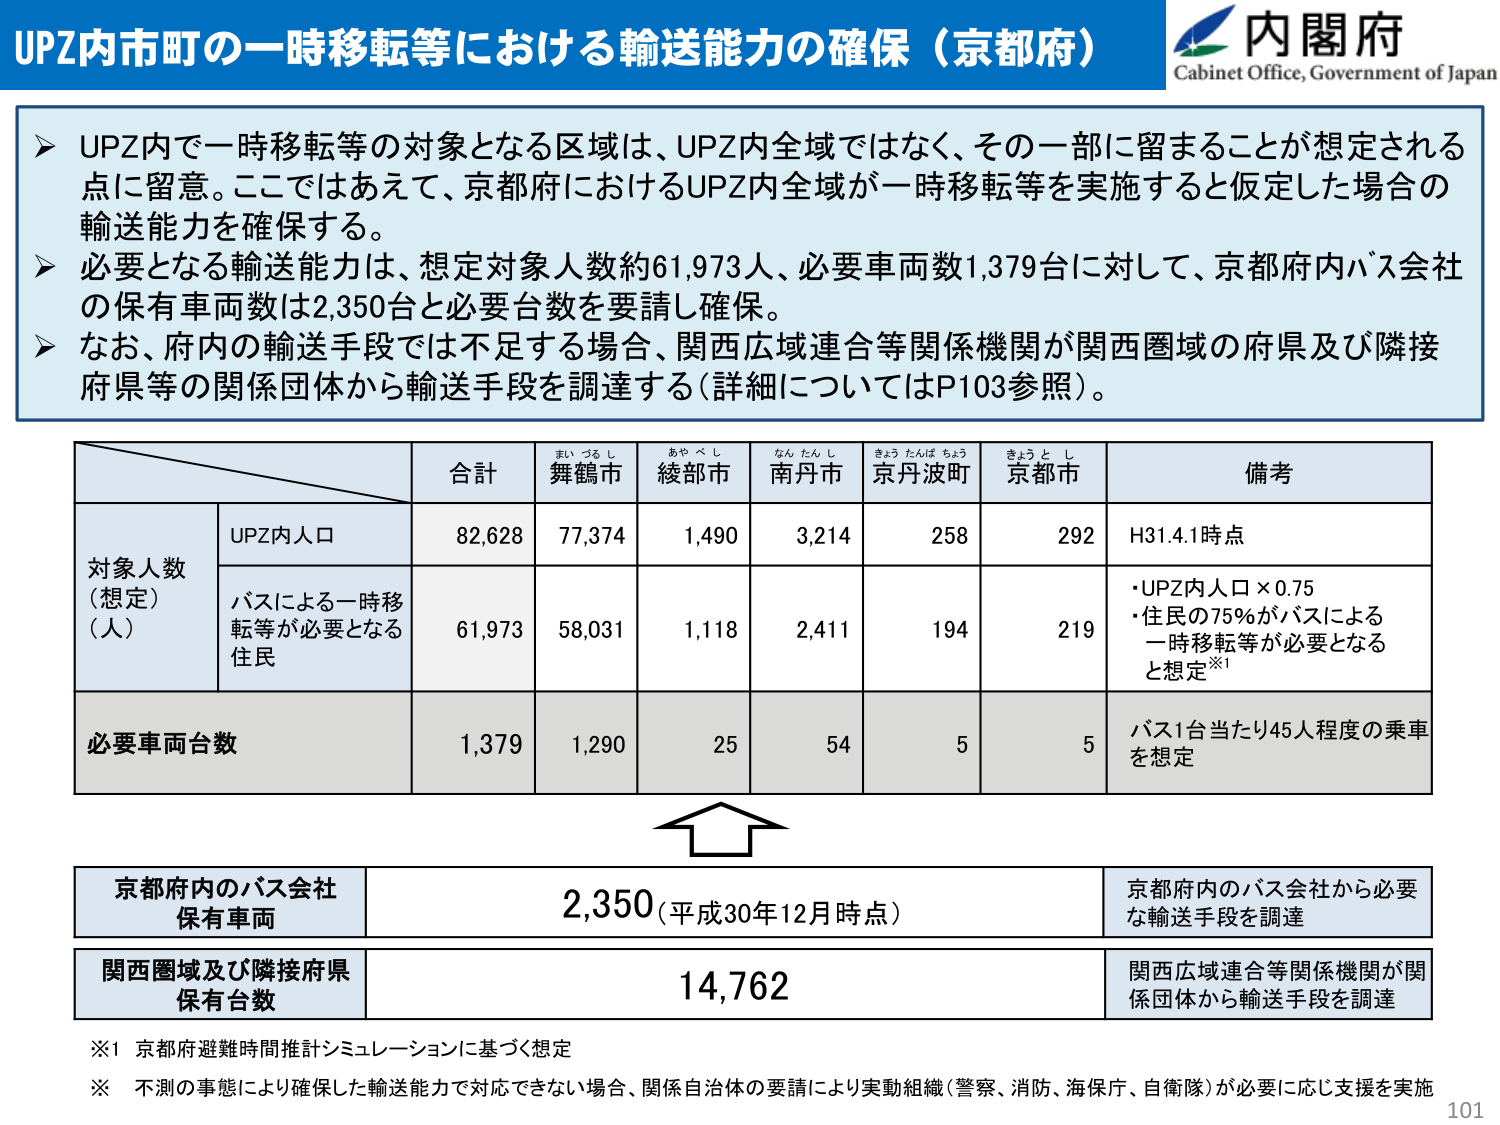
UPZ内市町の一時移転等における輸送能力の確保（京都府）
内閣府
Cabinet Office, Government of Japan

➤ UPZ内で一時移転等の対象となる区域は、UPZ内全域ではなく、その一部に留まることが想定される点に留意。ここではあえて、京都府におけるUPZ内全域が一時移転等を実施すると仮定した場合の輸送能力を確保する。
➤ 必要となる輸送能力は、想定対象人数約61,973人、必要車両数1,379台に対して、京都府内バス会社の保有車両数は2,350台と必要台数を要請し確保。
➤ なお、府内の輸送手段では不足する場合、関西広域連合等関係機関が関西圏域の府県及び隣接府県等の関係団体から輸送手段を調達する（詳細についてはP103参照）。

合計　まいづるし 舞鶴市　あやべし 綾部市　なんたんし 南丹市　きょうたんばちょう 京丹波町　きょうとし 京都市　備考
対象人数（想定）（人）
　UPZ内人口　82,628　77,374　1,490　3,214　258　292　H31.4.1時点
　バスによる一時移転等が必要となる住民　61,973　58,031　1,118　2,411　194　219　・UPZ内人口×0.75
　　　　　　　　　　　　　　　　　　　　　　　　　　　　　　　　　　　　　　　　　　　　　　　　　・住民の75%がバスによる一時移転等が必要となると想定※1
必要車両台数　1,379　1,290　25　54　5　5　バス1台当たり45人程度の乗車を想定

京都府内のバス会社保有車両　2,350（平成30年12月時点）　京都府内のバス会社から必要な輸送手段を調達
関西圏域及び隣接府県保有台数　14,762　関西広域連合等関係機関が関係団体から輸送手段を調達

※1 京都府避難時間推計シミュレーションに基づく想定
※ 不測の事態により確保した輸送能力で対応できない場合、関係自治体の要請により実動組織（警察、消防、海保庁、自衛隊）が必要に応じ支援を実施
101